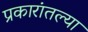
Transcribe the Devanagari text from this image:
प्रकारांतल्या